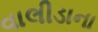
વાલીડાના